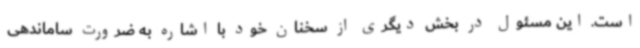
است. این مسئول در بخش دیگری از سخنان خود با اشاره به ضرورت ساماندهی